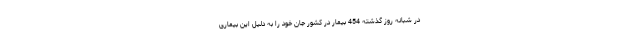
در شبانه روز گذشته 454 بیمار در کشور جان خود را به دلیل این بیماری